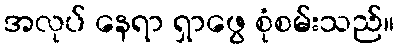
အလုပ် နေရာ ရှာဖွေ စုံစမ်းသည်။